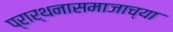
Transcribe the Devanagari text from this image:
प्रार्थनासमाजाच्या